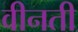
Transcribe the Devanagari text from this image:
वीनती